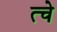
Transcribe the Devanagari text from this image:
त्चे